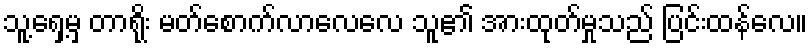
သူ့ရှေ့မှ တာရိုး မတ်စောက်လာလေလေ သူ၏ အားထုတ်မှုသည် ပြင်းထန်လေ။